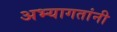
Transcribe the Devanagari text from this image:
अभ्यागतांनी